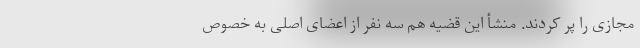
مجازی را پُر کردند. منشأ این قضیه هم سه نفر از اعضای اصلی به خصوص